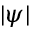
| \psi |